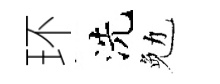
环洗勉